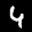
Label: 4